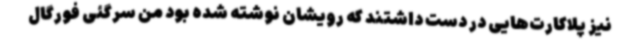
نیز پلاکارت‌هایی در دست داشتند که رویشان نوشته شده بود من سرگئی فورگال